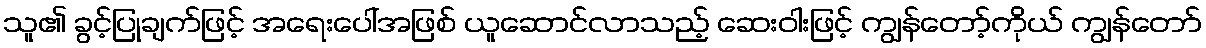
သူ၏ ခွင့်ပြုချက်ဖြင့် အရေးပေါ်အဖြစ် ယူဆောင်လာသည့် ဆေးဝါးဖြင့် ကျွန်တော့်ကိုယ် ကျွန်တော်